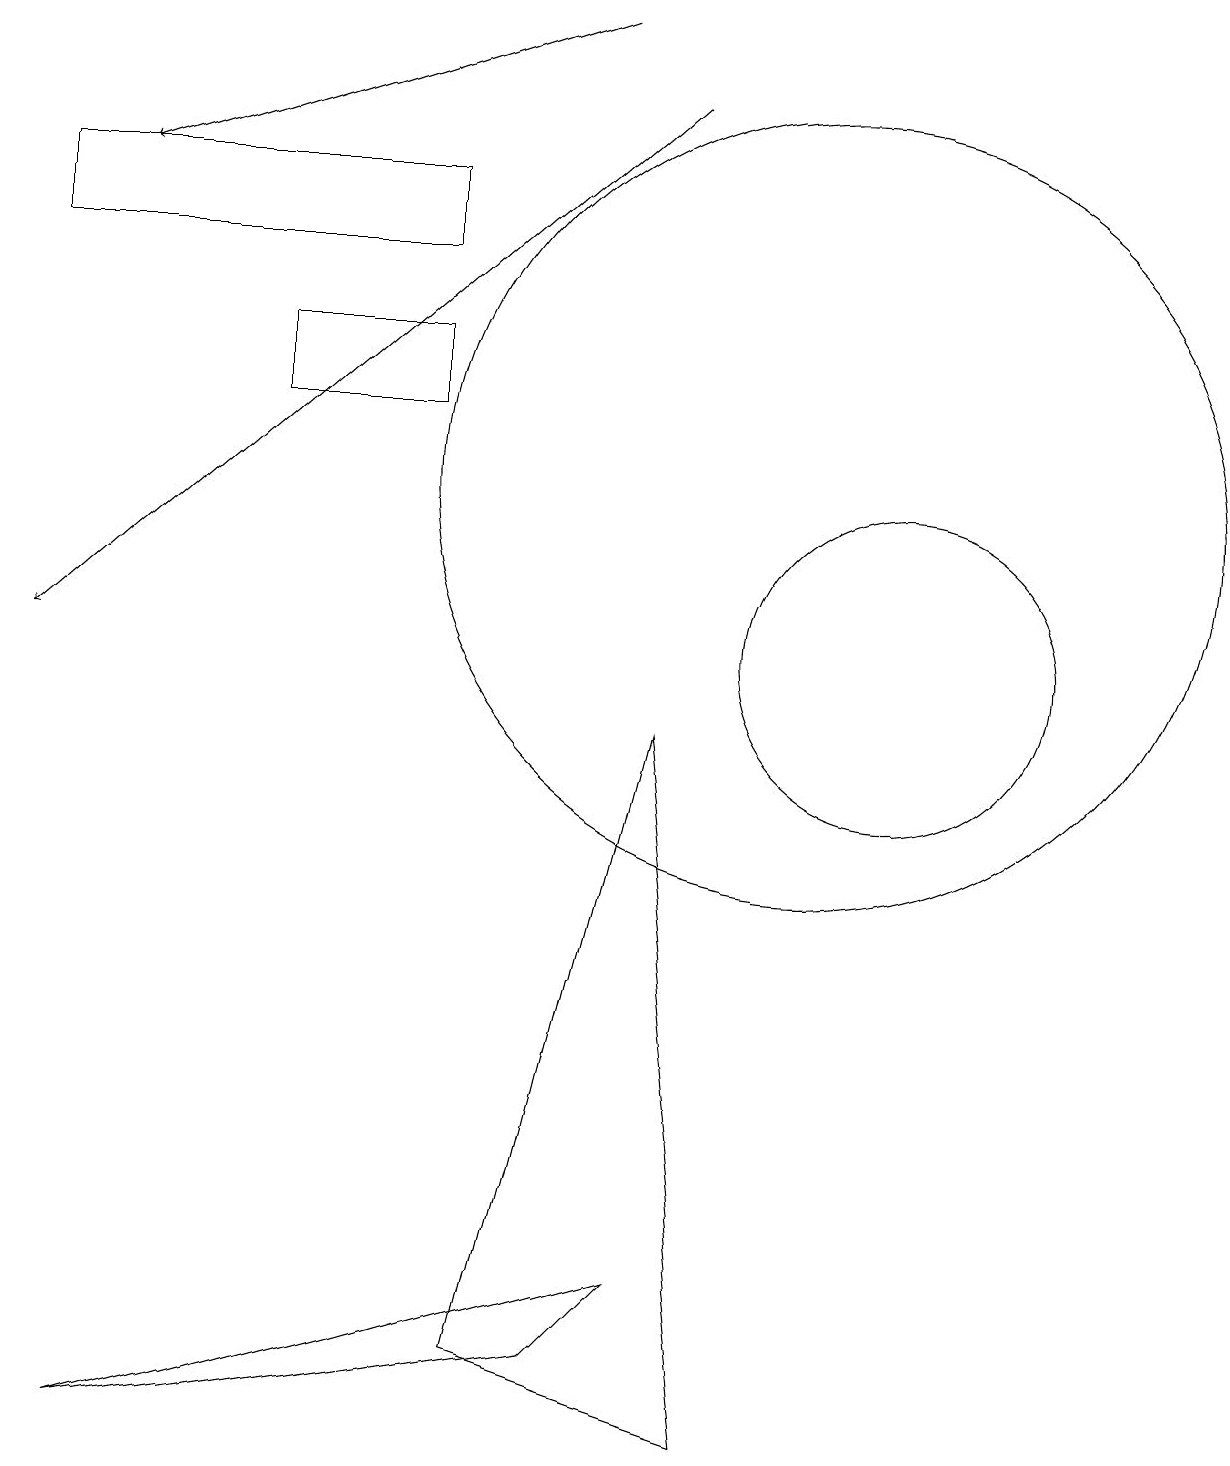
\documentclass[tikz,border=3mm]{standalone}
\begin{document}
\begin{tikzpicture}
\draw (0,15) rectangle (5,16);
\draw (3,14) rectangle (5,13);
\draw[->] (8,17) -- (0,10);
\draw (6,1) -- (8,9) -- (9,0) -- cycle;
\draw[->] (7,18) -- (1,16);
\draw (1,0) -- (7,1) -- (8,2) -- cycle;
\draw (10,12) circle (5);
\draw (11,10) circle (2);
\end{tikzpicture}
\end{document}